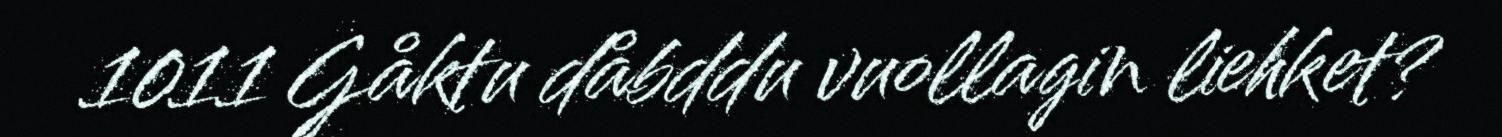
1011 Gåktu dåbddu vuollagin liehket?